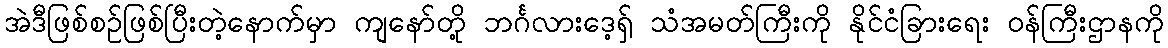
အဲဒီဖြစ်စဉ်ဖြစ်ပြီးတဲ့နောက်မှာ ကျနော်တို့ ဘင်္ဂလားဒေ့ရှ် သံအမတ်ကြီးကို နိုင်ငံခြားရေး ဝန်ကြီးဌာနကို